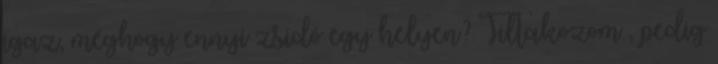
igaz, méghogy ennyi zsidó egy helyen? Tiltakozom , pedig